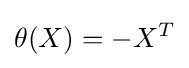
\theta (X)=-X^{T}